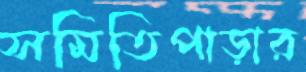
সমিতিপাড়ার